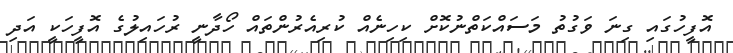
އޮފީހުގައި ގިނަ ވަގުތު މަސައްކަތްނުކޮށް ކިހިނެއް ކުރިއެރުންތައް ހޯދާނީ ރުހައިލުގެ އޮފީހަކީ އަދި